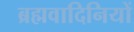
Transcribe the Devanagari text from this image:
ब्रह्मवादिनियों